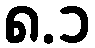
၈.၁